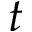
t